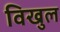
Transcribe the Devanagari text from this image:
विखुल